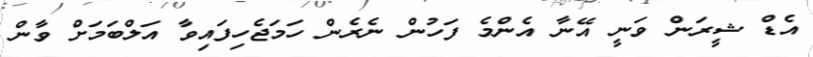
އެޑް ޝީރަން ވަނީ އޭނާ އެންމެ ފަހުން ނެރެން ހަމަޖެހިފައިވާ އަލްބަމަށް ވާން